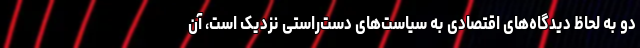
دو به‌ لحاظ دیدگاه‌های اقتصادی به سیاست‌های دست‌راستی نزدیک است، آن